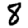
Digit: 8